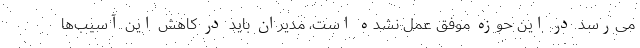
می‌رسد در این حوزه موفق عمل نشده است، مدیران باید در کاهش این آسیب‌ها